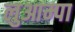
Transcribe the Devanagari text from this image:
लुआम्पा